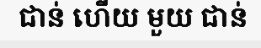
ជាន់ ហើយ មួយ ជាន់